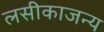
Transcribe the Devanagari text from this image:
लसीकाजन्य